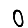
Digit: 0